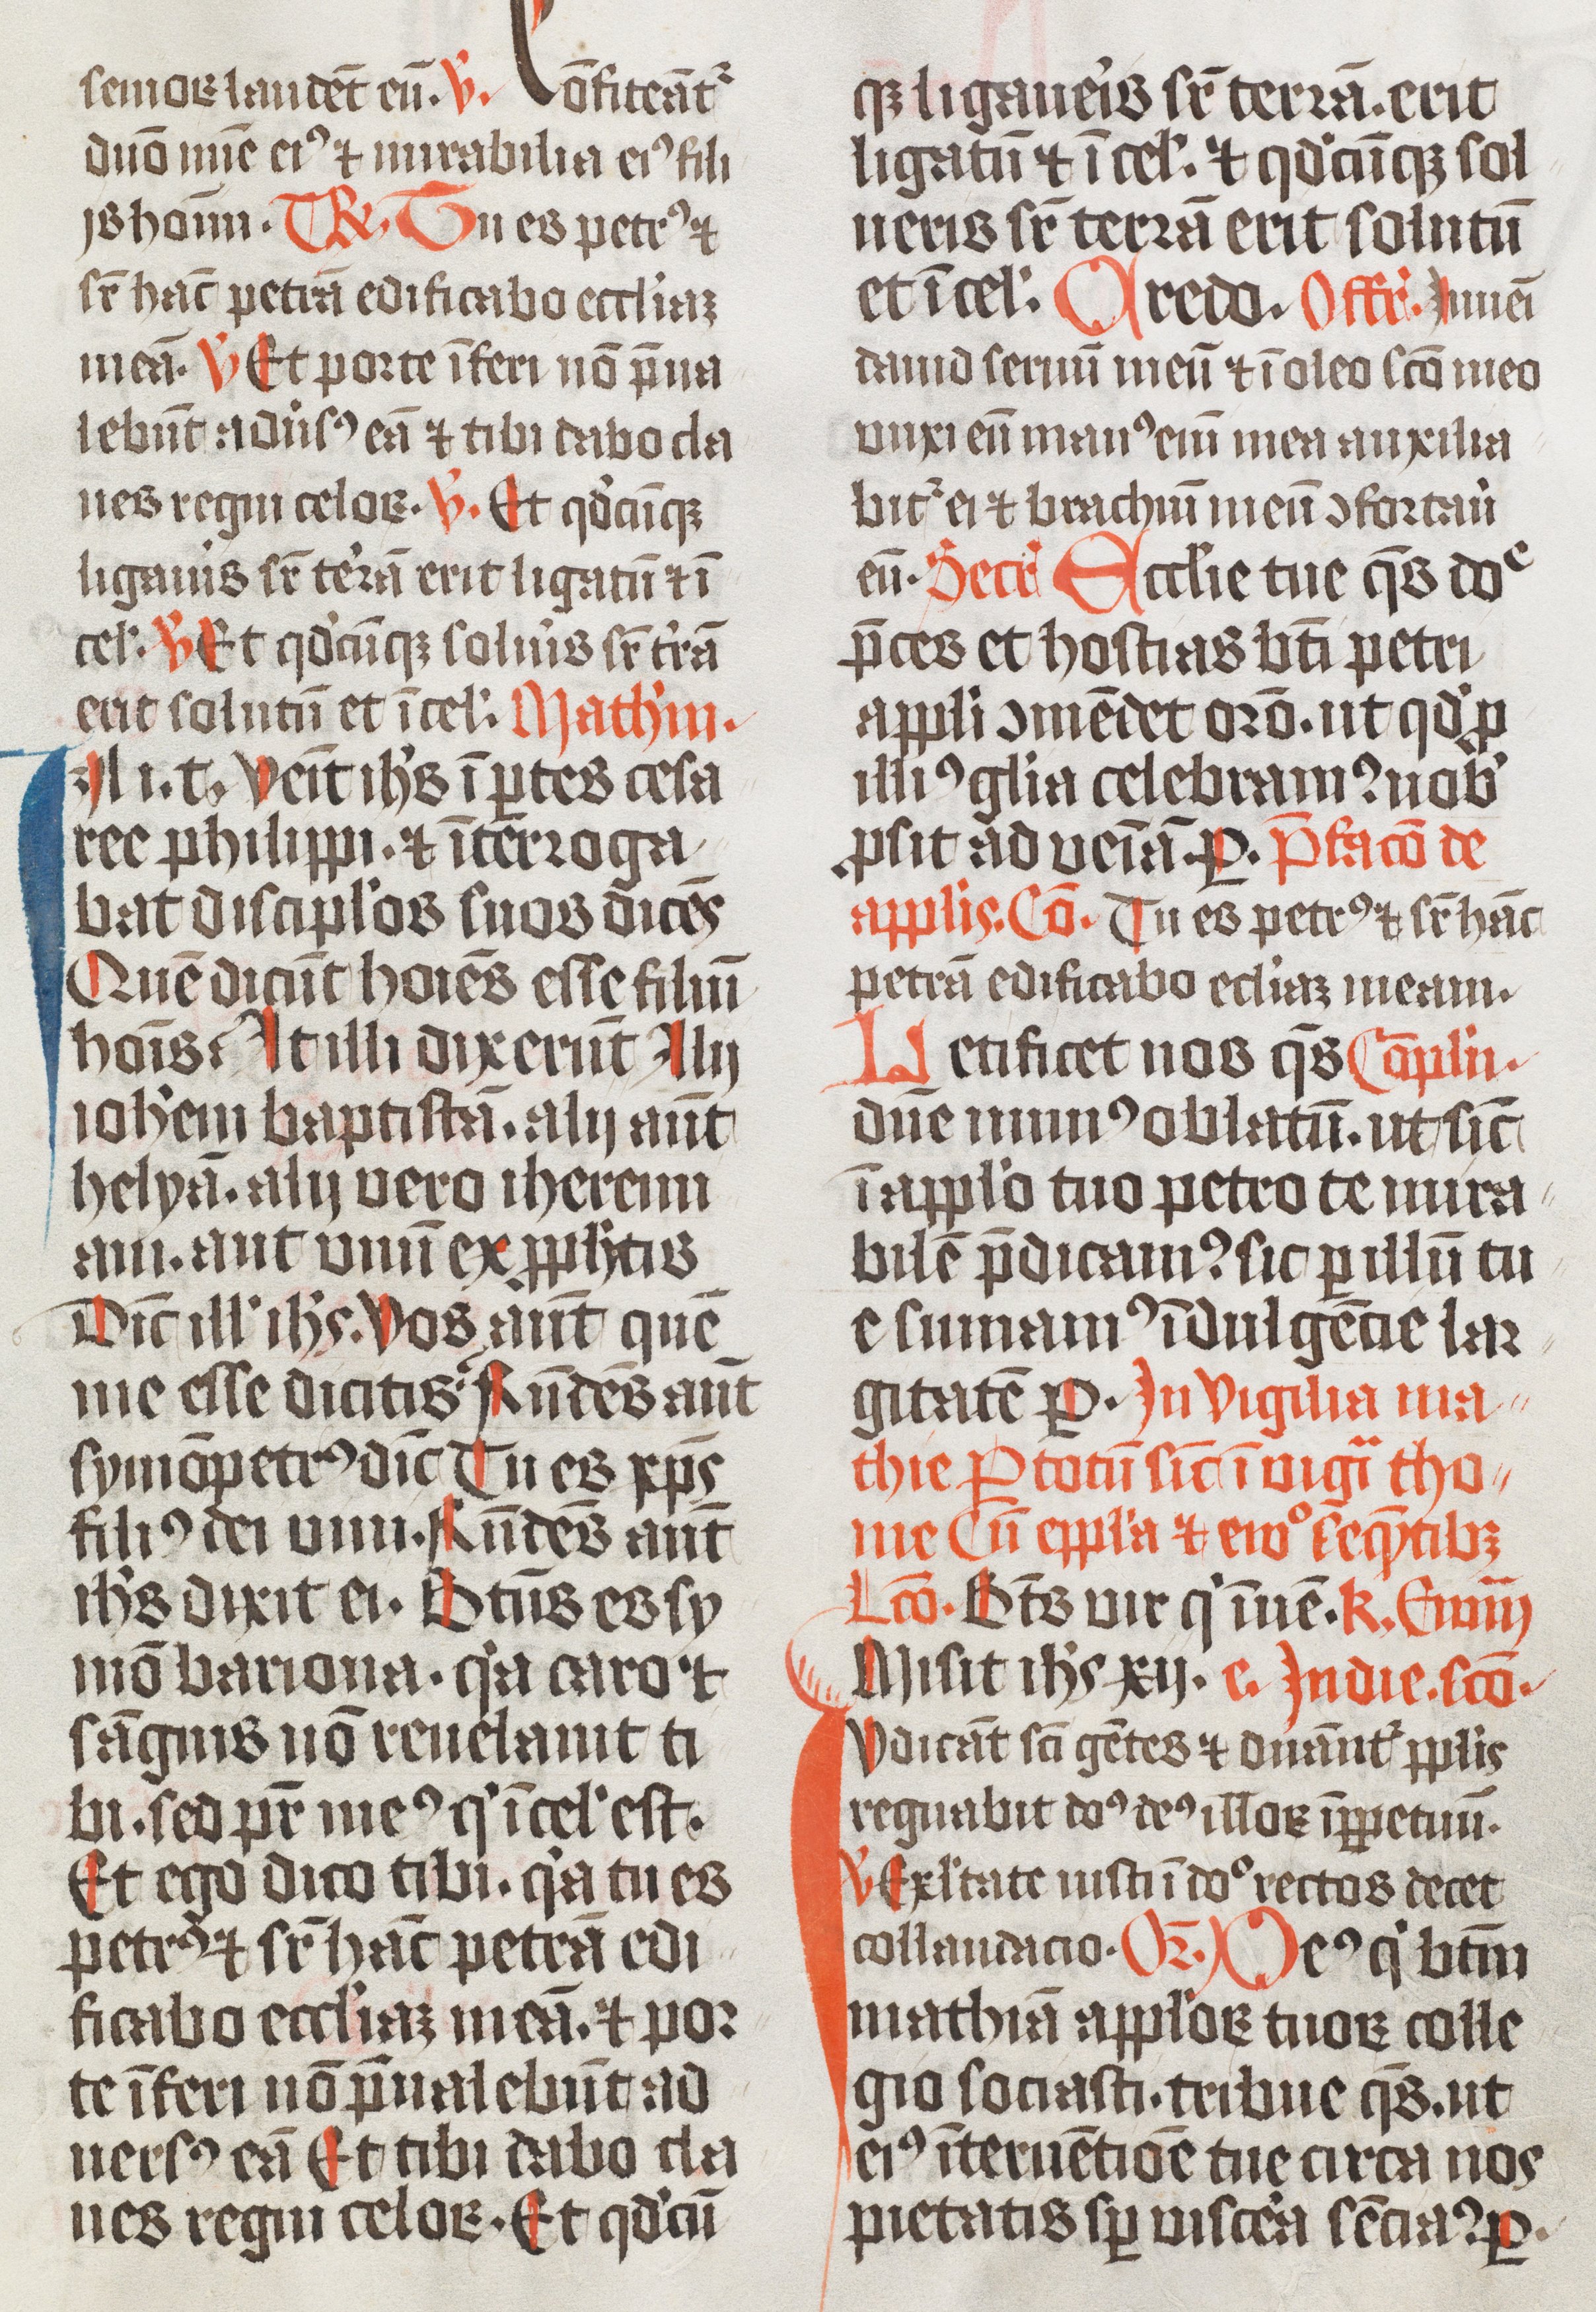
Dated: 1474–1476